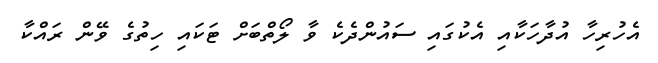
އެހުރިހާ އުދާހަކާއި އެކުގައި ސައުންދެކެ ވާ ލޯތްބަށް ޓަކައި ހިތުގެ ވޭން ރައްކާ